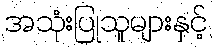
အသုံးပြုသူများနှင့်